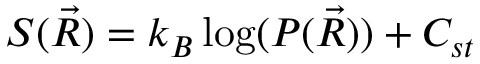
S ( { \vec { R } } ) = k _ { B } \log ( P ( { \vec { R } } ) ) + C _ { s t }